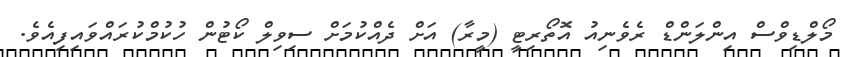
މޯލްޑިވްސް އިންލަންޑް ރެވެނިއު އޮތޯރިޓީ (މީރާ) އަށް ދެއްކުމަށް ސިވިލް ކޯޓުން ހުކުމްކުރައްވައިފިއެވެ.